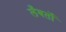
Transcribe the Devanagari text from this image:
लँबर्तो